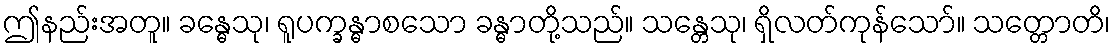
ဤနည်းအတူ။ ခန္ဓေသု၊ ရူပက္ခန္ဓာစသော ခန္ဓာတို့သည်။ သန္တေသု၊ ရှိလတ်ကုန်သော်။ သတ္တောတိ၊